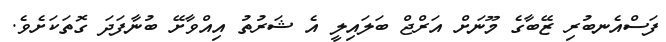
ފަސްއެނބުރި ޒޭބާގެ މޫނަށް އަރްޖް ބަލައިލީ އެ ޝަރުތު އިއްވާށޭ ބުނާފަދަ ގޮތަކަށެވެ.